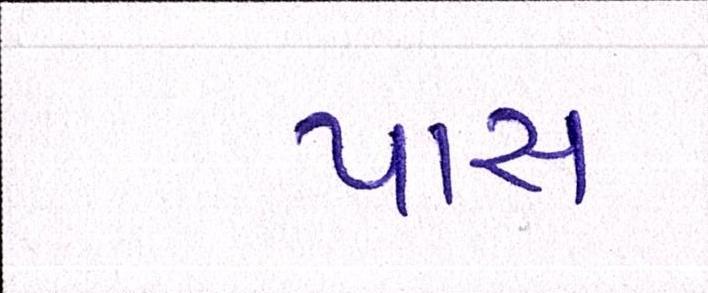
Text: પાસ